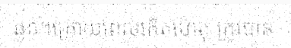
ធ្ងន់។ក្រោយពេលកើតហេតុ ត្រូវបាន